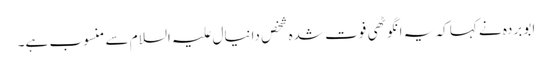
ابو بردہ نے کہا کہ یہ انگوٹھی فوت شدہ شخص دانیال علیہ السلام سے منسوب ہے۔